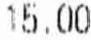
15.00